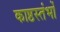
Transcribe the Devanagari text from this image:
काष्ठस्तंभों